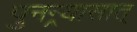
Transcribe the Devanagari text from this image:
पुनन्र्यासात्